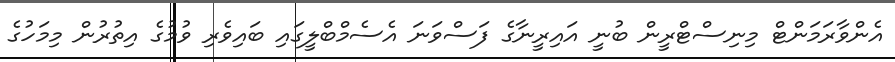
އެންވާރަމަންޓް މިނިސްޓްރީން ބުނީ އައިރީނާގެ ފަސްވަނަ އެސެމްބްލީގައި ބައިވެރި ވުމުގެ އިތުރުން މިމަހުގެ